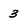
Character: 3